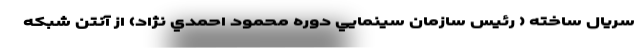
سريال ساخته ( رئيس سازمان سينمايي دوره محمود احمدي نژاد) از آنتن شبکه